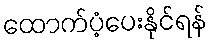
ထောက်ပံ့ပေးနိုင်ရန်